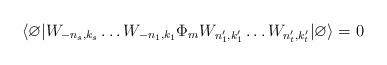
LaTeX: \begin{align*}\langle \varnothing |W_{-n_s,k_s}\dots W_{-n_1,k_1} \Phi_m W_{n_1',k_1'}\dots W_{n_t',k_t'}| \varnothing \rangle = 0\end{align*}